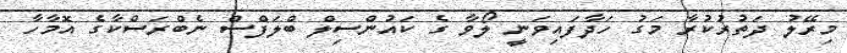
މިރޭލު ދަތުރުކުރާ މަގު ހަދާފައިވަނީ ލޯވާ ގެ ކައުންސިލް ބްލަފްސް ނެބްރަސްކާގެ އޮމާހާ